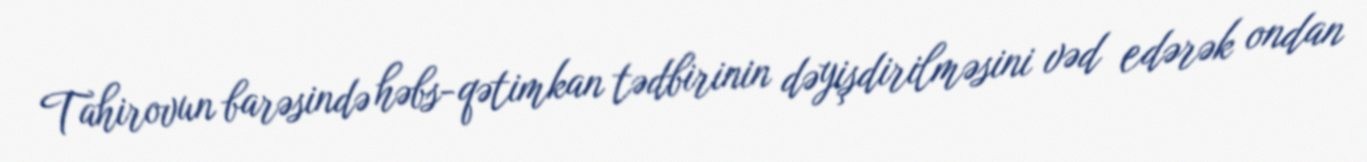
Tahirovun barəsində həbs-qətimkan tədbirinin dəyişdirilməsini vəd edərək ondan